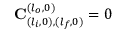
\mathbf { C } _ { ( l _ { i } , 0 ) , ( l _ { f } , 0 ) } ^ { ( l _ { o } , 0 ) } = 0